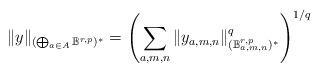
LaTeX: \begin{align*}\|y\|_{(\bigoplus_{a\in A}\mathbb{B}^{r,p})^*}=\left(\sum_{a,m,n}\|y_{a,m,n}\|_{(\mathbb{B}_{a,m,n}^{r,p})^*}^q\right)^{1/q}\end{align*}